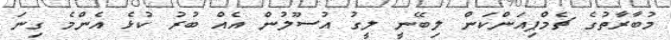
މުބާރާތުގެ ޗެމްޕިއަންކަން ލިބޭނީ ލީގު އުސޫލުން އެއް ބުރު ކުޅެ އެންމެ ގިނަ